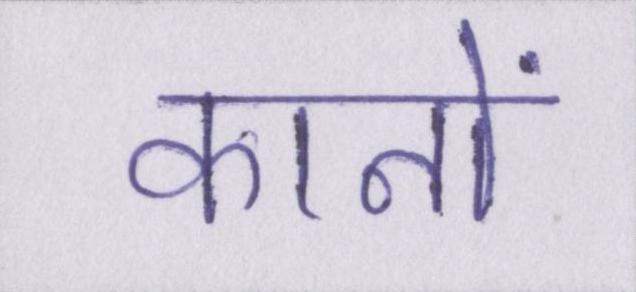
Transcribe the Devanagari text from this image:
कानों